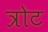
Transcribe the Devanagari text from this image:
त्रोट